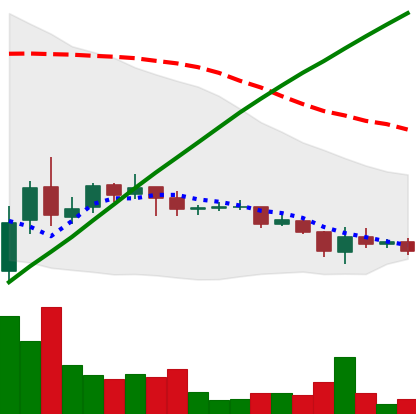
Ticker: DOGE-USD
Chart end date: 2021-07-12
Forward return: -10.538%
Label: down_7plus